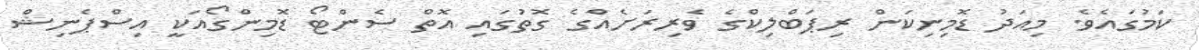
ކަމުގައެވެ. މިއަދު ޑޮމިނިކަން ރިޕަބްލިކްގެ ވެރިރަށެއްގެ ގޮތުގައި އޮތް ސެންޓޯ ޑޮމިންގޯއަކީ އިސްޕެނިޝް